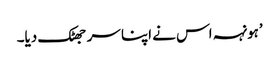
’ہونہہ اس نے اپنا سر جھٹک دیا۔